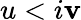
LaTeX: u<i\le v